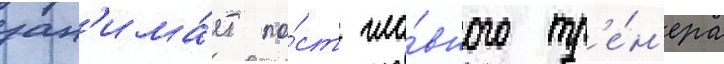
зан'има́ет по́ст гла́вного тр'е́н'ера